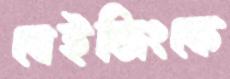
বেইজিংকে